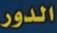
الدور